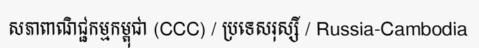
សភាពាណិជ្ជកម្មកម្ពុជា (CCC) / ប្រទេសរុស្សី / Russia-Cambodia